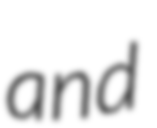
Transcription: and